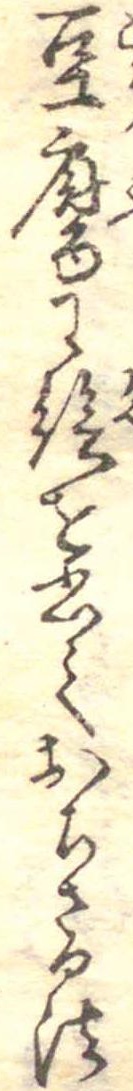
豆腐に絵を書ておちさる法